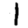
Digit: 1